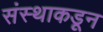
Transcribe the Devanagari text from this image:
संस्थाकडून